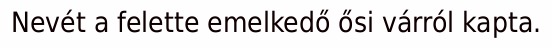
Nevét a felette emelkedő ősi várról kapta.